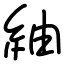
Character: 紬